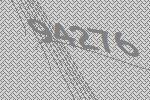
94276